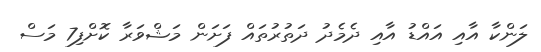
ލަންކާ އާއި އައްޑު އާއި ދެމެދު ދަތުރުތައް ފަށަން މަޝްވަރާ ކޮށްފި7 މަސް